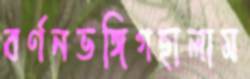
বর্ণনভঙ্গিগছালাম